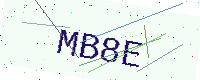
Text: MB8E